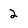
Character: 2